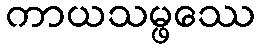
ကာယသမ္ဖဿေ